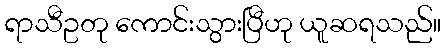
ရာသီဥတု ကောင်းသွားပြီဟု ယူဆရသည်။